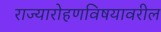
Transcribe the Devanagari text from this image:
राज्यारोहणविषयावरील